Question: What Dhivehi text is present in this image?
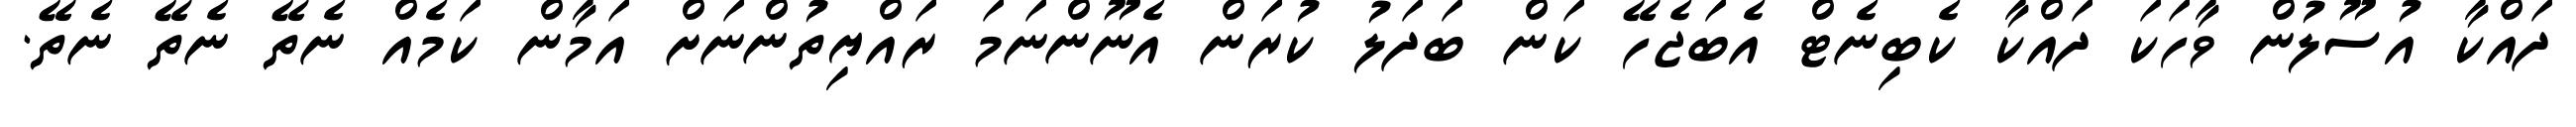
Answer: ދައްކާ އުސޫލުން ވާހަކަ ދައްކާ ކެބިނެޓް އެބަޖެހޭ ކަން ބަދަލު ކުރަން އެނޫންނަމަ ރައްޔިތުންނަށް އަމާން ކަމެއް ނެތޭ ނެތޭ ނެތޭ.